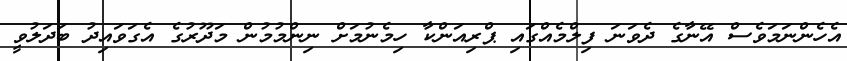
އެހެންނަމަވެސް އޭނާގެ ދެވަނަ ފިލްމެއްގައި ޕްރިއަންކާ ހިމެނުމަށް ނިންމުމުން މަދޫރުގެ އެގަވައިދު ބަދަލުވީ